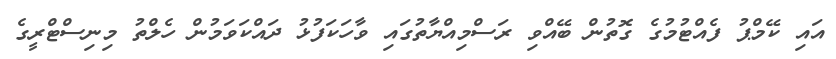
އައި ކޭމްޕު ފެއްޓުމުގެ ގޮތުން ބޭއްވި ރަސްމިއްޔާތުގައި ވާހަކަފުޅު ދައްކަވަމުން ހެލްތު މިނިސްޓްރީގެ